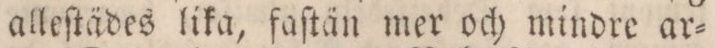
alleſtädes lika, faſtän mer och mindre ar=